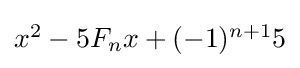
\textstyle x^{2}-5F_{n}x+(-1)^{n+1}5